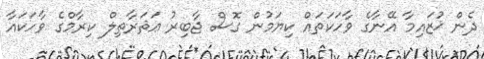
ދެން ޚުޒައިމާ އޭނާގެ ވާހަކަތައް ކިޔަމުން ގޮސް ޖާބިރު ޢަޘަރާތިލް ކިރާމްގެ ވާހަކައާ